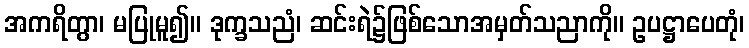
အကရိတွာ၊ မပြုမူ၍။ ဒုက္ခသညံ၊ ဆင်းရဲ၌ဖြစ်သောအမှတ်သညာကို။ ဥပဋ္ဌာပေတုံ၊